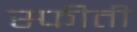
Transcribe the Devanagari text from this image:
स्फीती